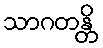
သာဂတန္တိ